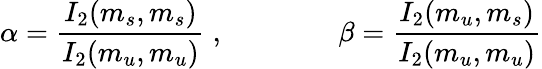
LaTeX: \alpha=\frac{I_{2}(m_{s},m_{s})}{I_{2}(m_{u},m_{u})}\; ,\qquad\qquad\beta=\frac{I_{2}(m_{u},m_{s})}{I_{2}(m_{u},m_{u})}